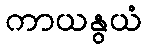
ကာယနွယံ